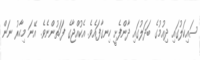
ސައިކަލުގައި ދިއުމުގެ ބަދަލުގައި ދާންފެށީ ހިނގާފައެވެ. އެކުއްޖާގެ ފަހަތުންނެވެ. އޭނަ މިހާރު ނަން